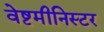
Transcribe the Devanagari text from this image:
वेष्टमीनिस्टर